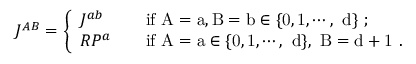
J ^ { A B } = \left\{ \begin{array} { l l } { { J ^ { a b } } } & { { \mathrm { i f ~ A = a , B = b \in \{ 0 , 1 , \cdots , ~ d \} ~ ; } } } \\ { { R P ^ { a } \quad } } & { { \mathrm { i f ~ A = a \in \{ 0 , 1 , \cdots , ~ d \} , ~ B = d + 1 ~ . } } } \end{array} \right.